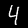
Digit: 4